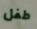
طفل